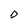
Character: D